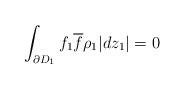
LaTeX: \begin{align*}\int_{\partial D_1}f_1\overline{f}\rho_1|dz_1|=0\end{align*}